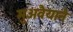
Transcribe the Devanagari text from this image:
मुअवैयाने